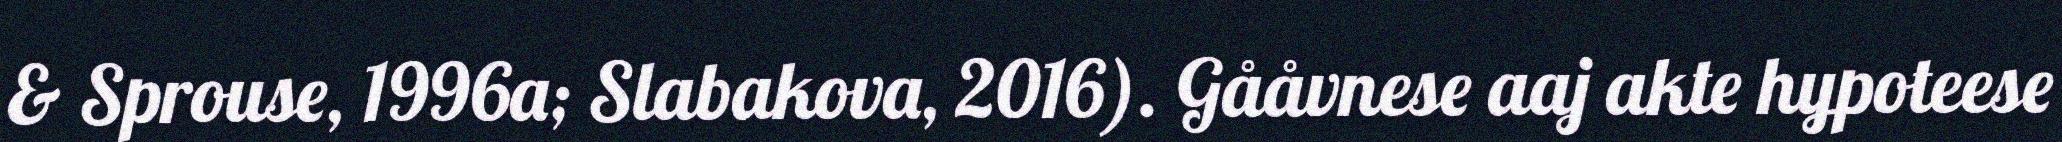
& Sprouse, 1996a; Slabakova, 2016). Gååvnese aaj akte hypoteese